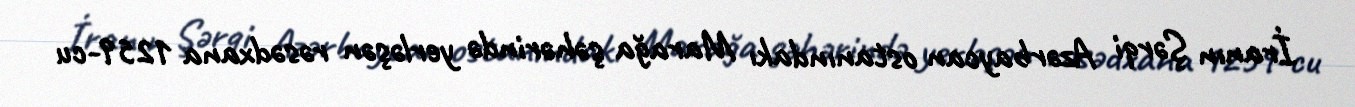
İranın Şərqi Azərbaycan ostanındakı Marağa şəhərində yerləşən rəsədxana 1259-cu